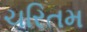
ચરિતમ